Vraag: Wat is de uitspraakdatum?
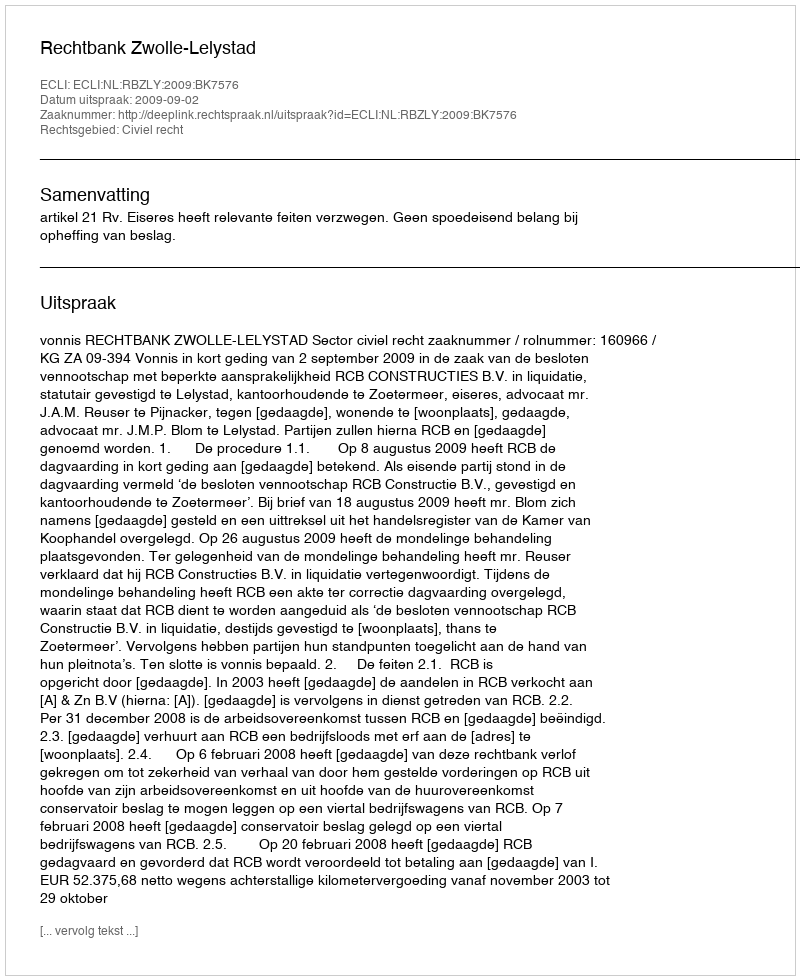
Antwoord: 2009-09-02